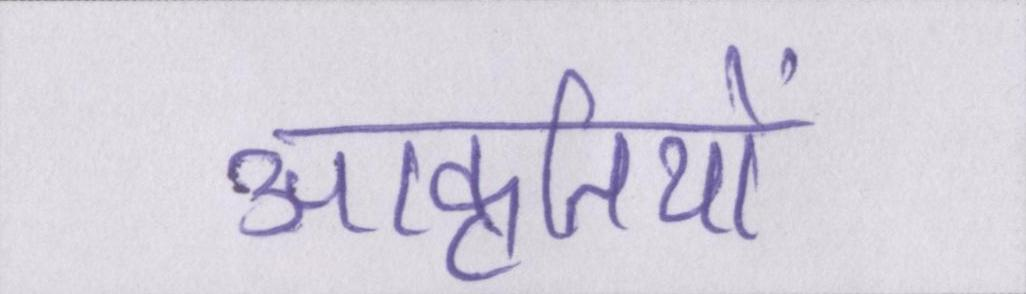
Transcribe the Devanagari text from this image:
आकृतियों